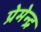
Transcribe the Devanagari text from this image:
प्रेमेन्द्र